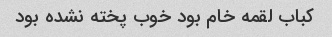
کباب لقمه خام بود خوب پخته نشده بود